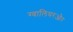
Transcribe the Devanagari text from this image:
ग्वालियरऔर